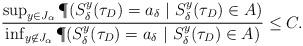
LaTeX: \begin{align*}\frac{\sup _{y \in J_\alpha } \P (S^y_\delta (\tau _D)=a_\delta \ |\ S^y_\delta (\tau _D) \in A)}{\inf _{y \not\in J_\alpha } \P (S^y_\delta (\tau _D)=a_\delta \ |\ S^y_\delta (\tau _D) \in A)}\leq C.\end{align*}